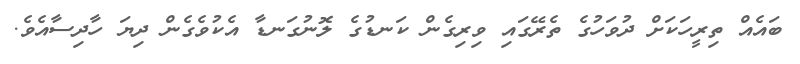
ބައެއް ތިރީހަކަށް ދުވަހުގެ ތެރޭގައި ވިރިގެން ކަނޑުގެ ލޮނުގަނޑާ އެކުވެގެން ދިޔަ ހާދިސާއެވެ.